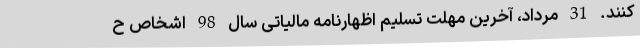
کنند. 31 مرداد، آخرین مهلت تسلیم اظهارنامه مالیاتی سال 98 اشخاص ح